Annual administration report of the Civil Veterinary Department of India - 1896-1897
Year: 1896
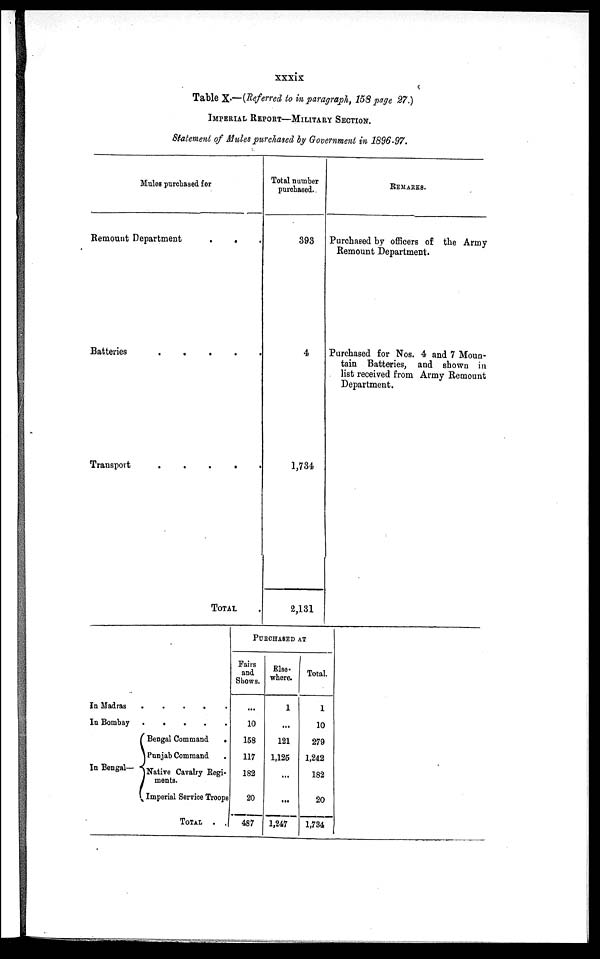
xxxix
Table X.—(Referred to in paragraph, 158 page 27.)
IMPERIAL REPORT—MILITARY SECTION.
Statement of Mules purchased by Government in 1896-97.
Mules purchased for
Remount Department
. . .
Batteries
.
.
.
.
.
Transport
.
.
.
.
.
TOTAL
Total number
purchased.
393
4
1,734
2,131
REMARKS.
Purchased by officers of the Army
Remount Department.
Purchased for Nos. 4 and 7 Moun-
tain Batteries, and shown in
list received from Army Remount
Department.
In Madras .
In Bombay .
In Bengal—
. . . . .
. . . . .
Bengal Command
.
Punjab Command
Native Cavalry Regi-
ments.
Imperial Service Troops
TOTAL .
PURCHASED AT
Fairs
and
Shows.
...
10
158
117
182
20
487
Else-
where.
1
...
121
1,125
...
...
1,247
Total.
1
10
279
1,242
182
20
1,734